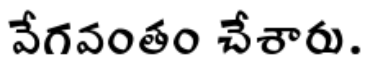
వేగవంతం చేశారు.